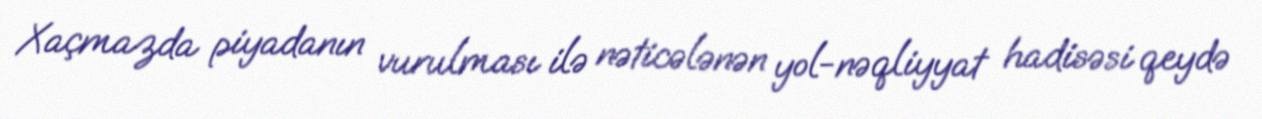
Xaçmazda piyadanın vurulması ilə nəticələnən yol-nəqliyyat hadisəsi qeydə